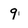
Character: 9